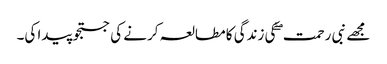
مجھے نبی رحمت ۖ کی زندگی کا مطالعہ کرنے کی جستجو پیدا کی۔